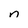
Character: n